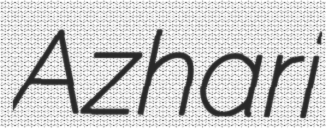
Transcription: Azhari